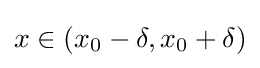
x\in (x_{0}-\delta ,x_{0}+\delta )